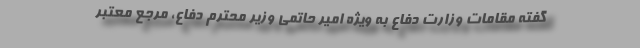
گفته مقامات وزارت دفاع به ویژه امیر حاتمی وزیر محترم دفاع، مرجع معتبر